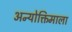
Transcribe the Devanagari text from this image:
अन्योक्तिमाला